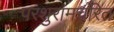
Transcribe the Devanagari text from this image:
परशुरामचरित